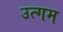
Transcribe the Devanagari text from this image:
उत्गम